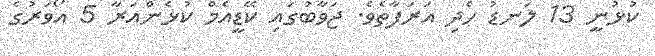
ކުޅުނީ 13 ލަނޑު ހެދި އަރަފާތެވެ. ޖަވާބުގައި ކޭޑީއެމް ކުޅެންއަރާ 5 އޯވަރުގެ